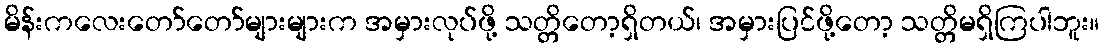
မိန်းကလေးတော်တော်များများက အမှားလုပ်ဖို့ သတ္တိတော့ရှိတယ်၊ အမှားပြင်ဖို့တော့ သတ္တိမရှိကြပါဘူး။